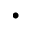
\cdot